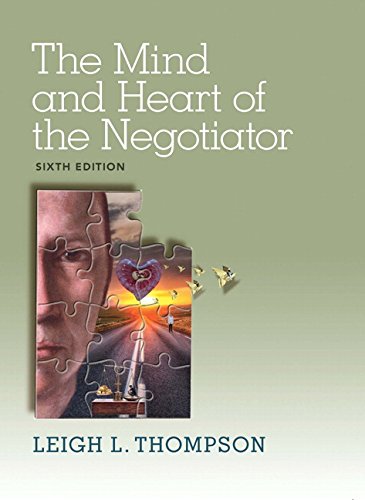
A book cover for The Mind and Heart of the Negotiator (6th Edition); Leigh Thompson; Business & Money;